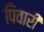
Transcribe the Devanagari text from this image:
पिवारी